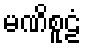
မဏိစူဠံ